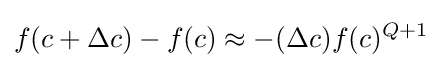
f(c+\Delta c)-f(c)\approx -(\Delta c)f(c)^{Q+1}